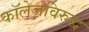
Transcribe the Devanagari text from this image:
कॉलेजविरुद्ध